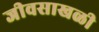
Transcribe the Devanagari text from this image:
जीवसाखळी